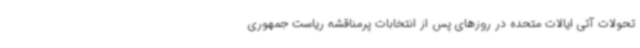
تحولات آتی ایالات متحده در روزهای پس از انتخابات پرمناقشه ریاست جمهوری